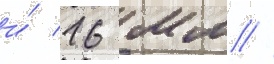
и́ 16 мм //